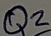
Text: Q2